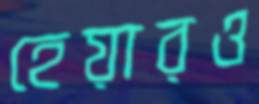
হেয়ারও